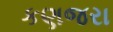
કણજરા